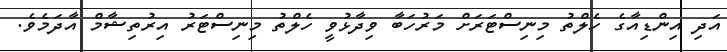
އަދި އިންޑިއާގެ ހެލްތު މިނިސްޓަރަށް މަރުހަބާ ވިދާޅުވީ ހެލްތު މިނިސްޓަރު އިރުތިޝާމް އާދަމެވެ.